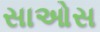
સાઓસ